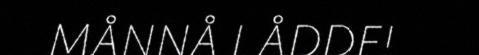
MÅNNÅ LÅDDE!